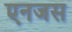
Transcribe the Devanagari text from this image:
एनजस